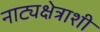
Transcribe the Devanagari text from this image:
नाट्यक्षेत्राशी